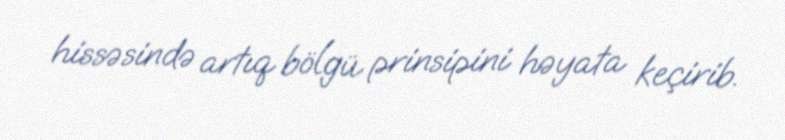
hissəsində artıq bölgü prinsipini həyata keçirib.